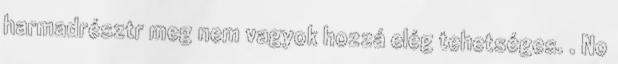
harmadrésztr meg nem vagyok hozzá elég tehetséges. . No